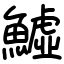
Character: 鱋